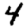
Digit: 4